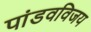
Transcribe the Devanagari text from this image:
पांडवविजय